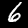
Label: 6